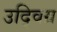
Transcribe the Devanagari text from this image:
उद्विग्र